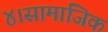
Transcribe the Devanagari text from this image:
४।सामाजिक